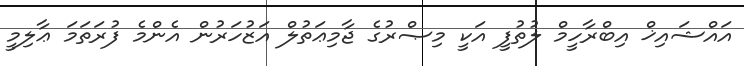
އައްޝައިޚް އިބްރާހީމް ލުތުފީ އަކީ މިޞްރުގެ ޖާމިޢަތުލް އަޒުހަރުން އެންމެ ފުރަތަމަ ޢާލިމީ